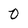
Character: 0